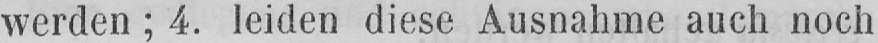
werden; 4. leiden diese Ausnahme auch noch